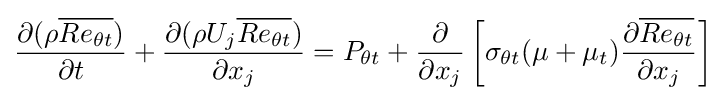
{\frac {\partial (\rho {\overline {Re_{\theta t}}})}{\partial t}}+{\frac {\partial (\rho U_{j}{\overline {Re_{\theta t}}})}{\partial x_{j}}}=P_{\theta t}+{\frac {\partial }{\partial x_{j}}}\left[\sigma _{\theta t}(\mu +\mu _{t}){\frac {\partial {\overline {Re_{\theta t}}}}{\partial x_{j}}}\right]